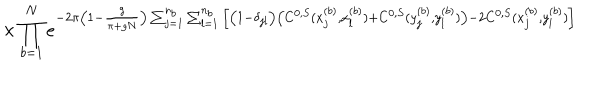
\times \prod _ { b = 1 } ^ { N } e ^ { - 2 \pi \big ( 1 - \frac { g } { \pi + g N } \big ) \sum _ { j = 1 } ^ { n _ { b } } \sum _ { l = 1 } ^ { n _ { b } } \Big [ \big ( 1 - \delta _ { j l } \big ) \big ( C ^ { 0 , S } ( x _ { j } ^ { ( b ) } , x _ { l } ^ { ( b ) } ) + C ^ { 0 , S } ( y _ { j } ^ { ( b ) } , y _ { l } ^ { ( b ) } ) \big ) - 2 C ^ { 0 , S } ( x _ { j } ^ { ( b ) } , y _ { l } ^ { ( b ) } ) \Big ] }